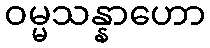
ဝမ္မသန္နာဟော